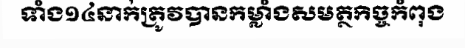
ទាំង១៤នាក់ត្រូវបានកម្លាំងសមត្ថកិច្ចកំពុង